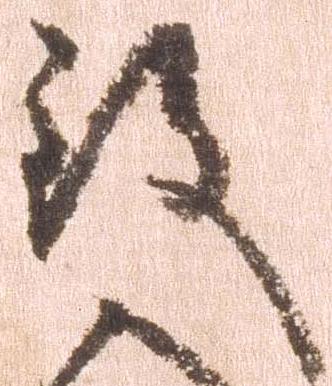
致